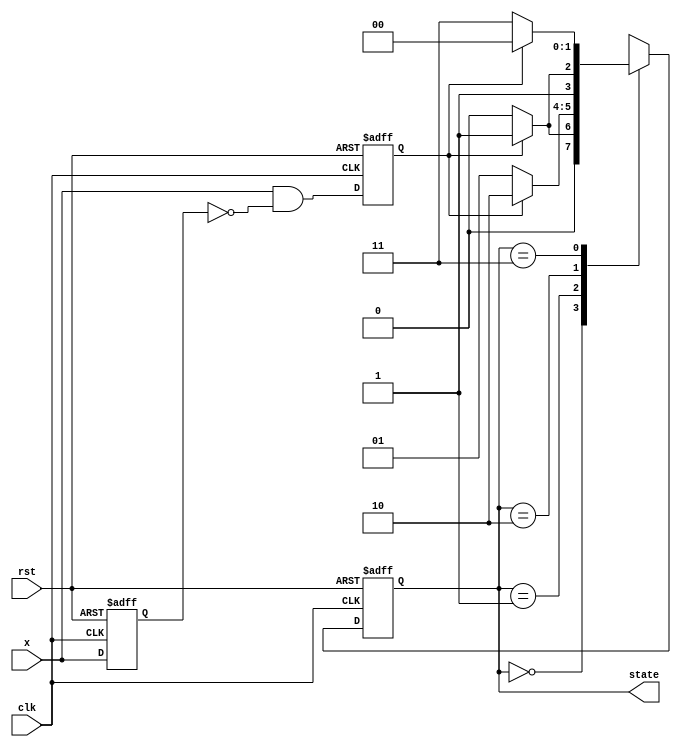
`timescale 1ns / 1ps

module counter2(
input clk,rst,x,
output reg [1:0] state
    );
reg x_reg,x_trig;

always @(negedge rst or posedge clk) begin
    if(!rst) begin
        {x_reg,x_trig} <=2'b00;
    end
    else begin
        x_reg <= x;
        x_trig <=x & ~x_reg;
    end
end

always @(negedge rst or posedge clk) begin
    if(!rst) state <= 2'b00;
    else begin
        case(state)
            2'b00 : state <= x_trig ? 2'b01 : 2'b00;
            2'b01 : state <= x_trig ? 2'b10 : 2'b01;
            2'b10 : state <= x_trig ? 2'b11 : 2'b10;
            2'b11 : state <= x_trig ? 2'b00 : 2'b11;
       endcase
    end
 end                      
endmodule